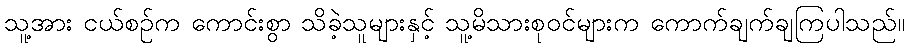
သူ့အား ငယ်စဉ်က ကောင်းစွာ သိခဲ့သူများနှင့် သူ့မိသားစုဝင်များက ကောက်ချက်ချကြပါသည်။